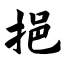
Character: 挹